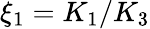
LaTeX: \xi_{1}=K_{1}/K_{3}